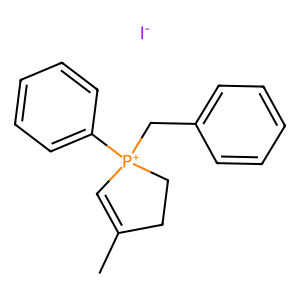
SMILES: CC1=C[P+](Cc2ccccc2)(c2ccccc2)CC1.[I-]
Inhibits HIV replication: No